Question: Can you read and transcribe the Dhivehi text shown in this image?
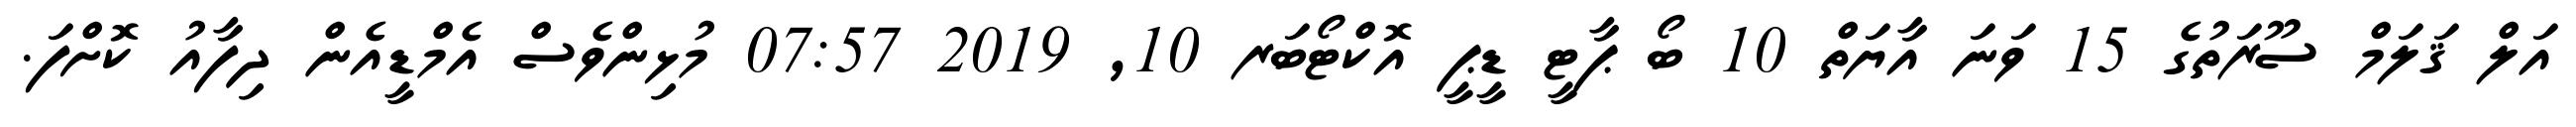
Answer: އަލް ޤަލަމް ސޫރަތުގެ 15 ވަނަ އާޔަތް 10 ބޯ ޕާޓީ ޑީޕީ އޮކްޓޯބަރ 10, 2019 07:57 މުޅިންވެސް އެމްޑީއެން ދިފާއު ކޮށްފަ.